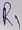
Text: R1